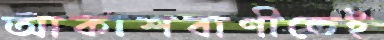
আকাশবাণীতেই